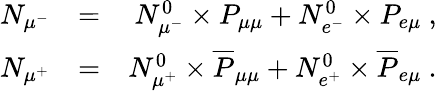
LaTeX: \begin{array}{rlr}{N_{\mu^{-}}}&{=}&{N_{\mu^{-}}^{0}\times P_{\mu\mu}+N_{e^{-}}^{0}\times P_{e\mu}~,}\\ {N_{\mu^{+}}}&{=}&{N_{\mu^{+}}^{0}\times\overline{{P}}_{\mu\mu}+N_{e^{+}}^{0}\times\overline{{P}}_{e\mu}~.}\end{array}